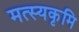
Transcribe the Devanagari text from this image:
मत्स्यकृमि